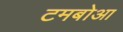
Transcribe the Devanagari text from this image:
टमबोआ